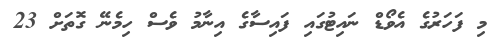
މި ފަހަރުގެ އެވޯޑް ނައިޓުގައި ފައިސާގެ އިނާމު ވެސް ހިމެނޭ ގޮތަށް 23